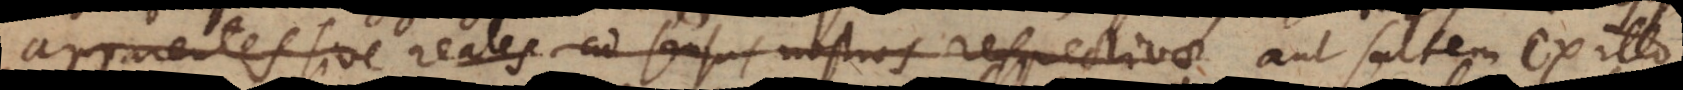
parentes sive reales ad sensus nostros respectivae aut saltem ex illo